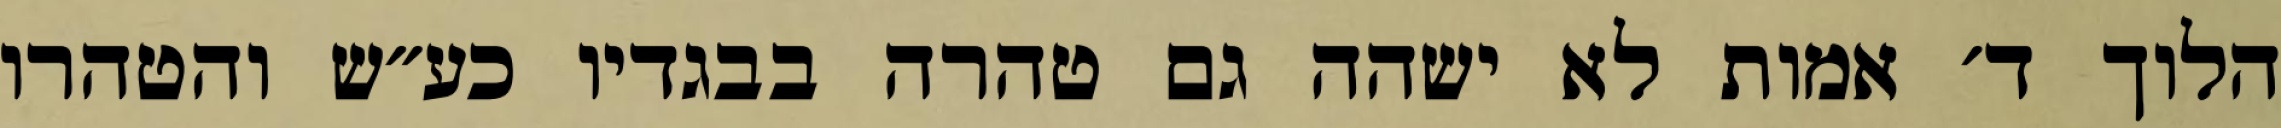
הלוך ד׳ אמות לא ישהה גם טהרה בבגדיו כע״ש והטהרו